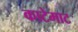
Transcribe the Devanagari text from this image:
काटेमाट